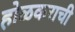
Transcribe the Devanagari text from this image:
होळकराची